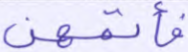
فأتمهن